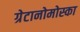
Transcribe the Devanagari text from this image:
ग्रेटानोमोस्का